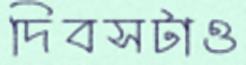
দিবসটাও